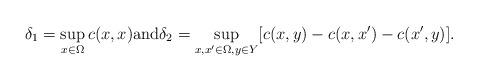
LaTeX: \begin{align*}\delta_1 = \sup_{x \in \Omega} c(x, x){\rm and} \delta_2 = \sup_{x, x' \in \Omega, y \in Y } [ c(x,y) - c(x, x') - c(x', y)].\end{align*}